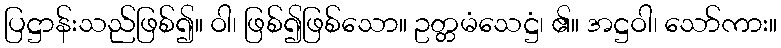
ပြဋ္ဌာန်းသည်ဖြစ်၍။ ဝါ၊ ဖြစ်၍ဖြစ်သော။ ဥတ္တမံသေဋ္ဌံ၊ ၏။ အဋ္ဌဝါ၊ သော်ကား။